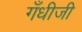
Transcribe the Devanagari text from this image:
गँधीजी